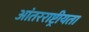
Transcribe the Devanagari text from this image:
आंतरराष्ट्रीयता